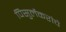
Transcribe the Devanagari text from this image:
पिसुर्लेकरांचे